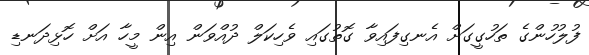
ފުލުހުންގެ ތަހުގީގަށް އެނގިފައިވާ ގޮތުގައި ވެހިކަލް ދުއްވަން އިން މީހާ އަށް ހޮޅިދަނޑި